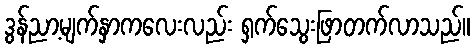
ဒွန်ညာ့မျက်နှာကလေးလည်း ရှက်သွေးဖြာတက်လာသည်။